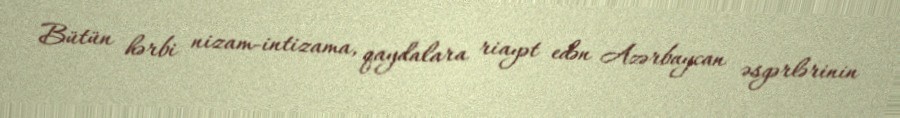
Bütün hərbi nizam-intizama, qaydalara riayət edən Azərbaycan əsgərlərinin